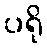
ပရို